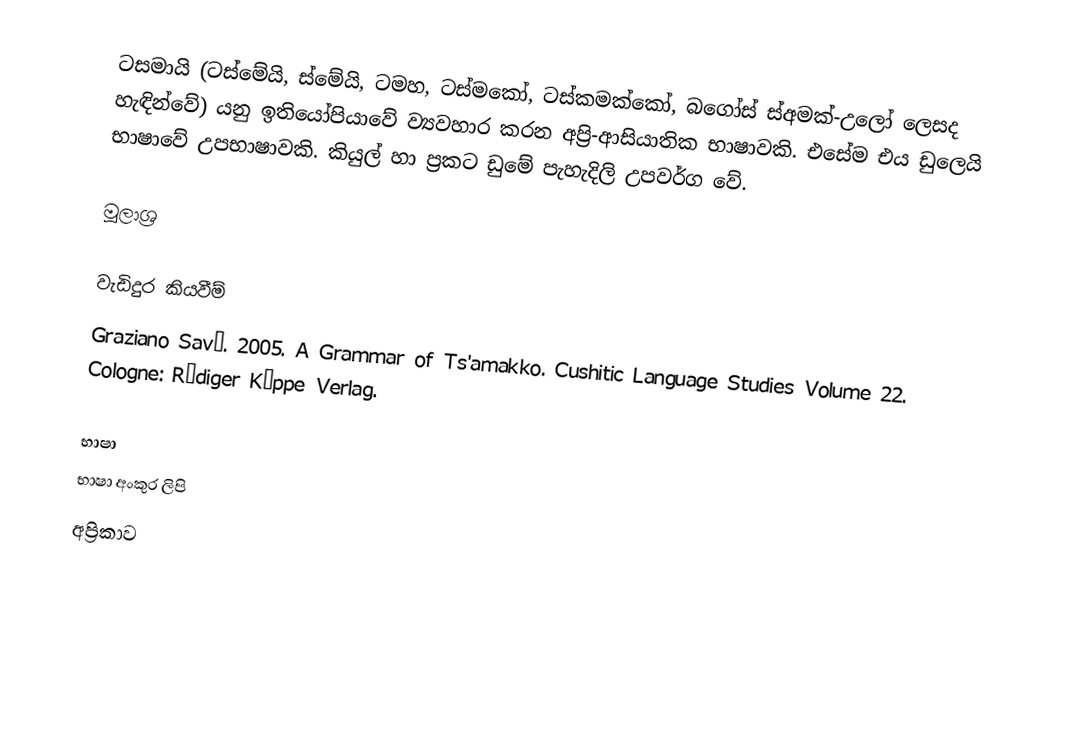
ටසමායි (ටස්මේයි, ස්මේයි, ටමහ, ටස්මකෝ, ටස්කමක්කෝ, බගෝස් ස්අමක්-උලෝ ලෙසද හැඳින්වේ) යනු ඉතියෝපියාවේ ව්‍යවහාර කරන අප්‍රි-ආසියාතික භාෂාවකි. එසේම එය ඩුලෙයි භාෂාවේ උපභාෂාවකි. කියුල් හා ප්‍රකට ඩුමේ පැහැදිලි උපවර්ග වේ.

මූලාශ්‍ර

වැඩිදුර කියවීම්
 Graziano Savà.  2005.  A Grammar of Ts'amakko.  Cushitic Language Studies Volume 22.  Cologne:  Rüdiger Köppe Verlag.

භාෂා
භාෂා අංකුර ලිපි
අප්‍රිකාව